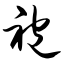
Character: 袍